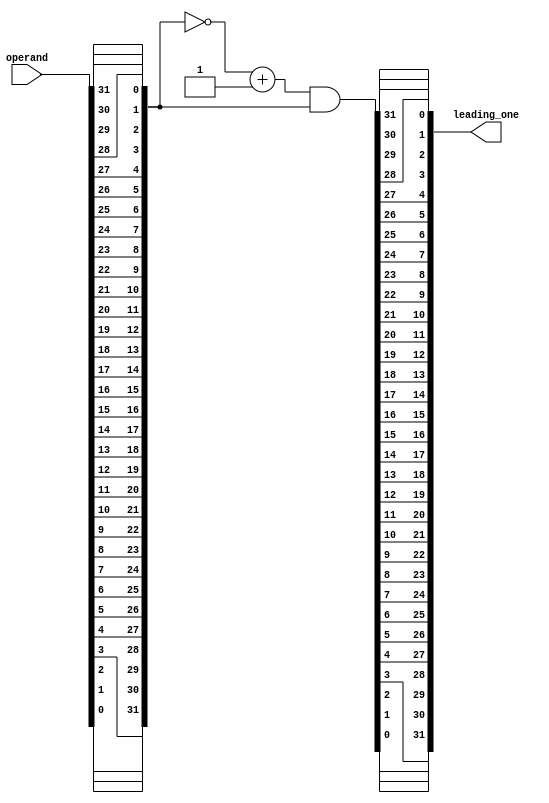
module lod #(parameter SIZE = 32)(operand, leading_one);
    input wire [SIZE-1:0] operand;
    output wire [SIZE-1:0] leading_one;

    wire [SIZE-1:0] rev_operand;
    wire [SIZE-1:0] rev_output;

    //reverse operand     
    genvar i;
    generate
        for(i=0; i<SIZE; i=i+1)
            assign rev_operand[i] = operand[SIZE-i-1]; 
    endgenerate

    
    assign rev_output = ((~rev_operand)+1)&rev_operand ;

    genvar j;
    generate
        for(j=0; j<SIZE; j=j+1)
            assign leading_one[j] = rev_output[SIZE-j-1]; 
    endgenerate

endmodule